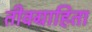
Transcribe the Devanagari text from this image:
तीवग्राहिता